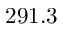
2 9 1 . 3